Indian journal of veterinary science and animal husbandry - Volumes 24-25, 1954-1955
Year: 1954
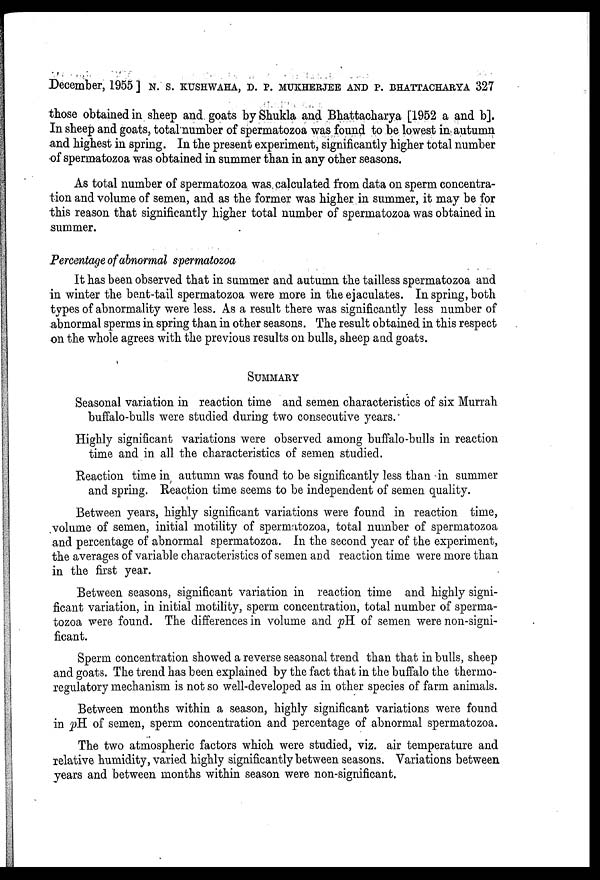
December, 1955 ] N. S. KUSHWAHA, D. P. MUKHERJEE AND P. BHATTACHARYA 327
those obtained in sheep and goats by Shukla and Bhattacharya [1952 a and b].
In sheep and goats, total number of spermatozoa was found to be lowest in autumn
and highest in spring. In the present experiment, significantly higher total number
of spermatozoa was obtained in summer than in any other seasons.
As total number of spermatozoa was calculated from data on sperm concentra-
tion and volume of semen, and as the former was higher in summer, it may be for
this reason that significantly higher total number of spermatozoa was obtained in
summer.
Percentage of abnormal spermatozoa
It has been observed that in summer and autumn the tailless spermatozoa and
in winter the bent-tail spermatozoa were more in the ejaculates. In spring, both
types of abnormality were less. As a result there was significantly less number of
abnormal sperms in spring than in other seasons. The result obtained in this respect
on the whole agrees with the previous results on bulls, sheep and goats.
SUMMARY
Seasonal variation in reaction time and semen characteristics of six Murrah
buffalo-bulls were studied during two consecutive years.
Highly significant variations were observed among buffalo-bulls in reaction
time and in all the characteristics of semen studied.
Reaction time in autumn was found to be significantly less than in summer
and spring. Reaction time seems to be independent of semen quality.
Between years, highly significant variations were found in reaction time,
volume of semen, initial motility of spermatozoa, total number of spermatozoa
and percentage of abnormal spermatozoa. In the second year of the experiment,
the averages of variable characteristics of semen and reaction time were more than
in the first year.
Between seasons, significant variation in reaction time and highly signi-
ficant variation, in initial motility, sperm concentration, total number of sperma-
tozoa were found. The differences in volume and pH of semen were non-signi-
ficant.
Sperm concentration showed a reverse seasonal trend than that in bulls, sheep
and goats. The trend has been explained by the fact that in the buffalo the thermo-
regulatory mechanism is not so well-developed as in other species of farm animals.
Between months within a season, highly significant variations were found
in pH of semen, sperm concentration and percentage of abnormal spermatozoa.
The two atmospheric factors which were studied, viz. air temperature and
relative humidity, varied highly significantly between seasons. Variations between
years and between months within season were non-significant.